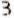
3